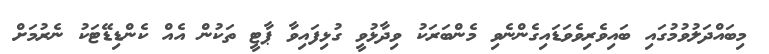
މިބައްދަލުވުމުގައި ބައިވެރިވެވަޑައިގެންނެވި މެންބަރަކު ވިދާޅުވީ ގުޅިފައިވާ ޕާޓީ ތަކުން އެއް ކެންޑިޑޭޓަކު ނެރުމަށް